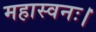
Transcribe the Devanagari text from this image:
महास्वनः।